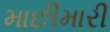
માછીમારી